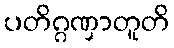
ပတိဂ္ဂဏှာတူတိ